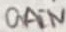
Text: GAIN